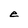
Character: e